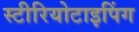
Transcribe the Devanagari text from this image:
स्टीरियोटाइपिंग